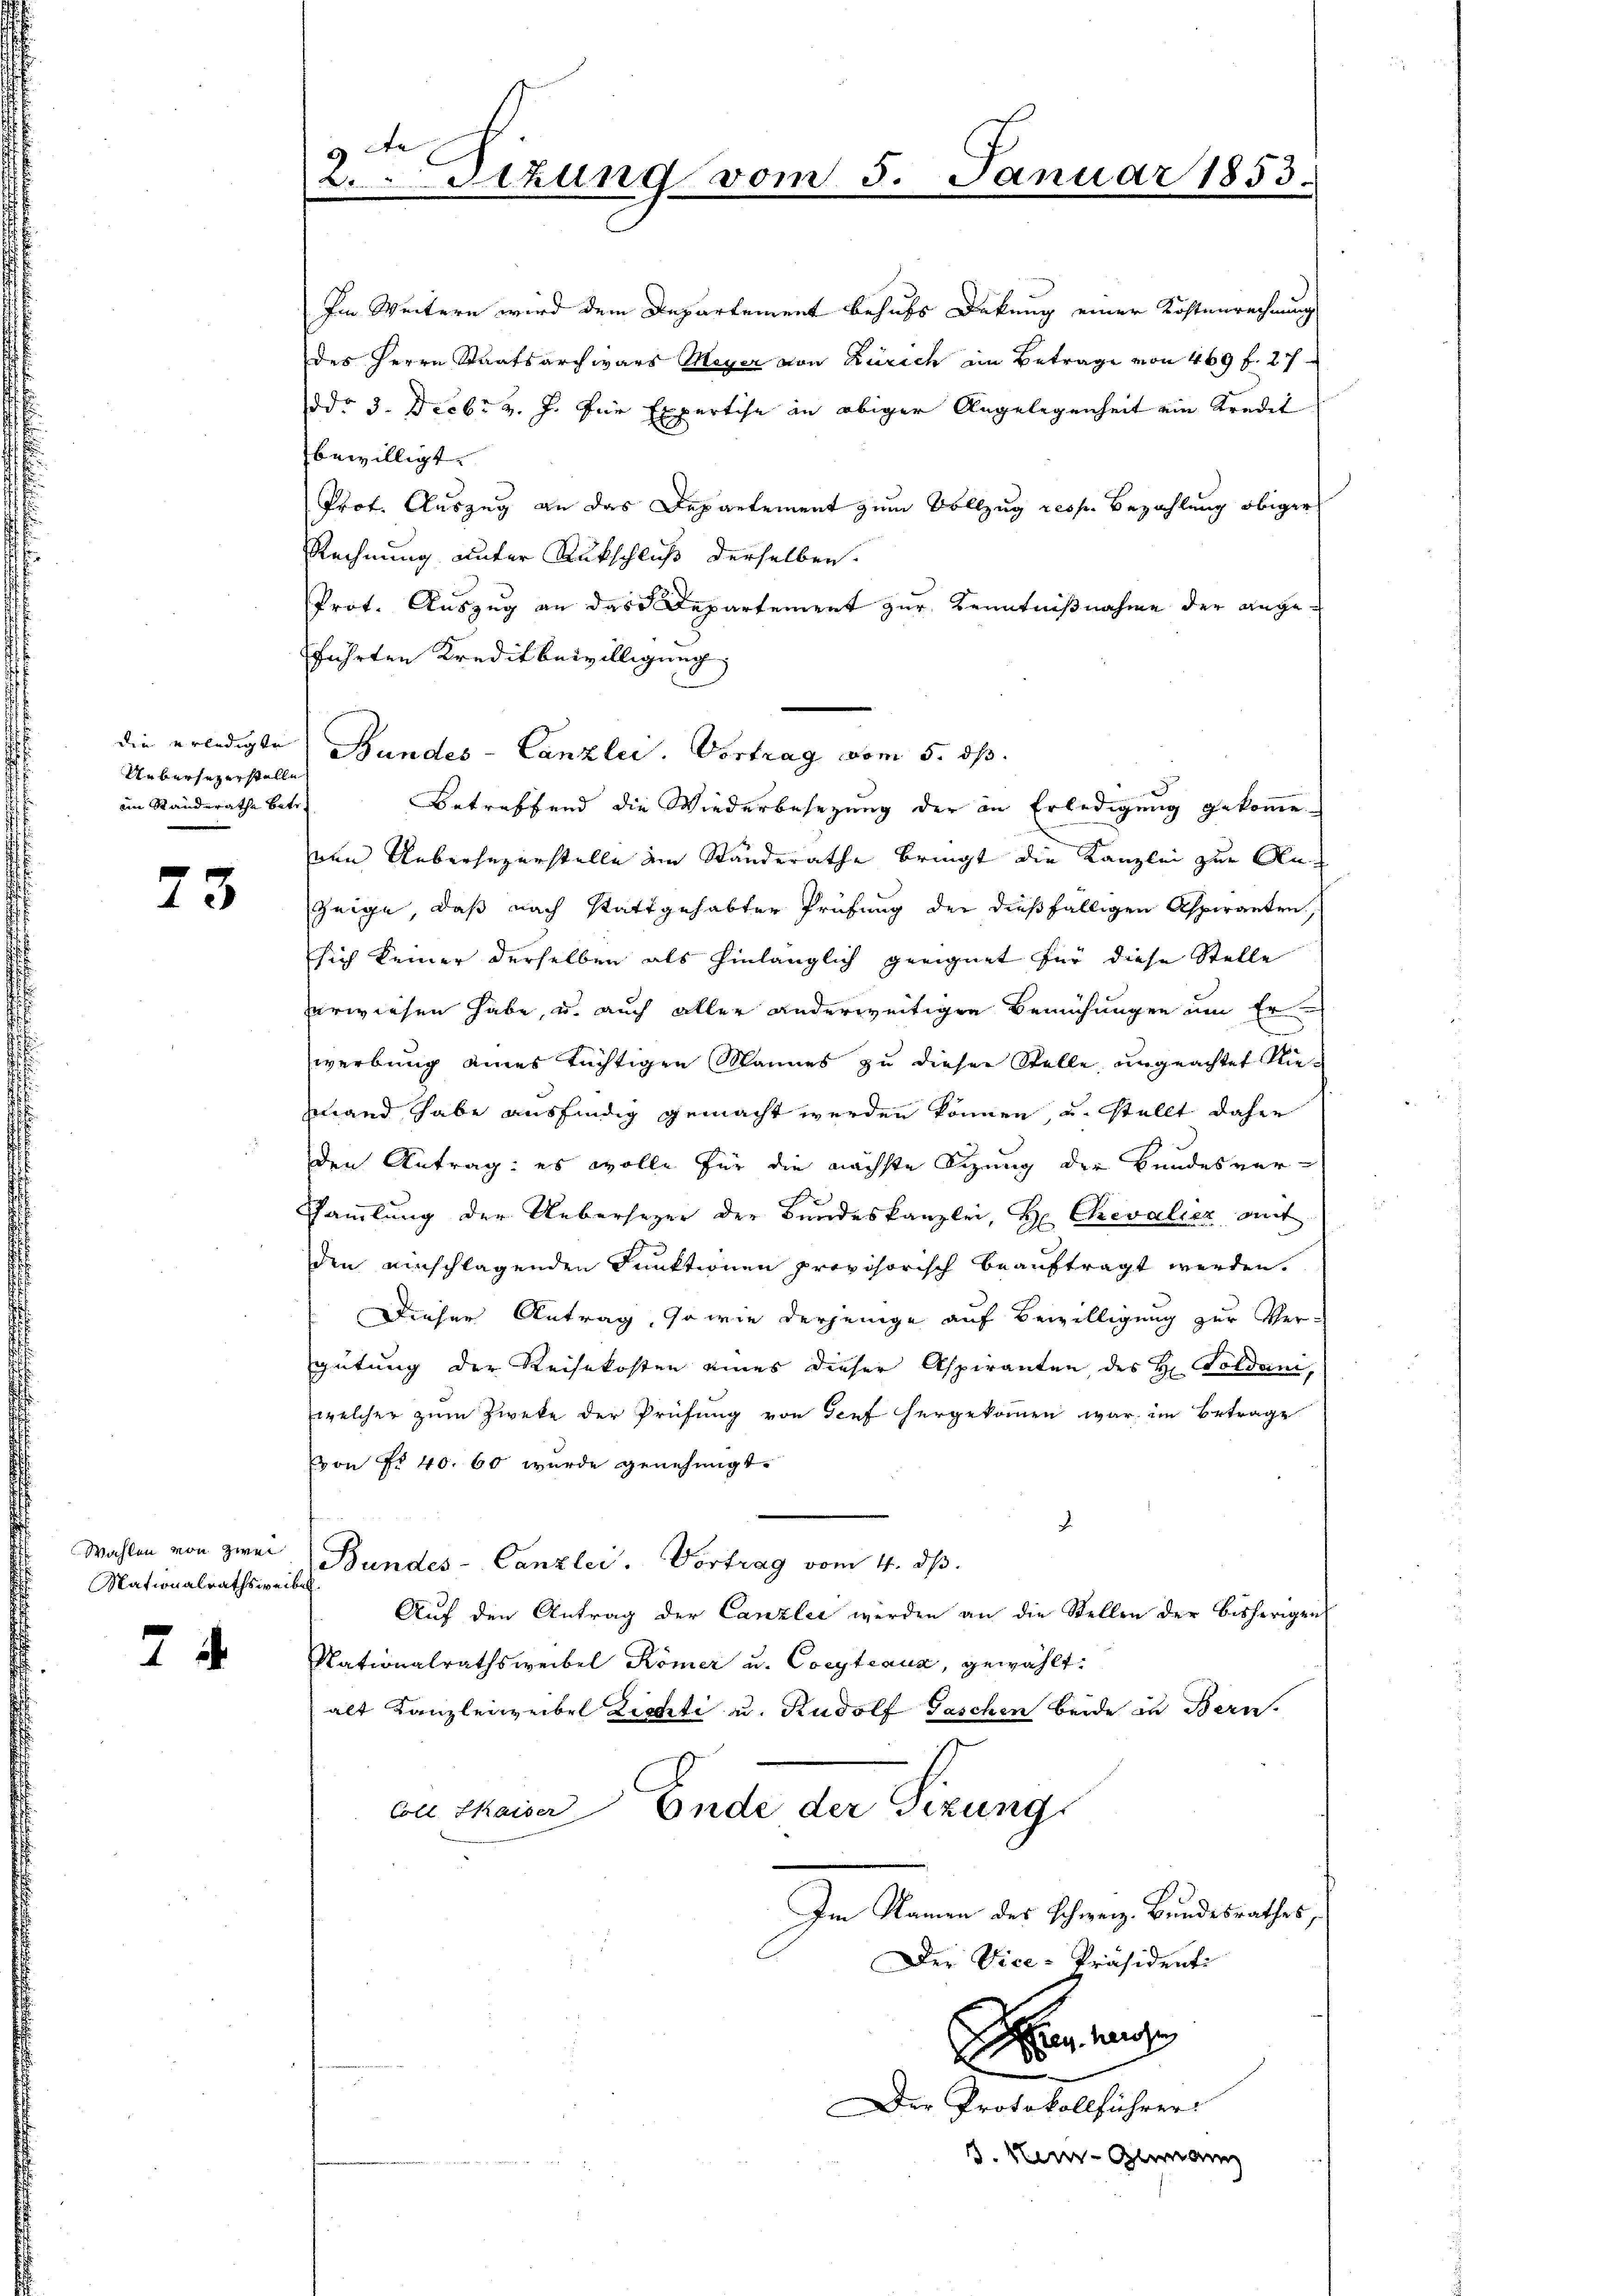
Uebersezerstelle
im Standerathe betr.

23

Mationalrathsweiben

24

9 Fe
.Sizung vom 5. Januar 1853.

Im Weitern wird dem Departement behufs Dekung einer Kostenrechnung
des Herrn Staatsarchivars Meyer von Zürich im Betrage von 469 f. 27
ddo 3. Decbr v. J. für Expertise an obiger Angelegenheit ein Kredit
bewilligt.
Prof. Auszug an das Departement zum Vollzug resp. Bezahlung obiger
Rechnung unter Rückschluß derselben
Prot. Auszug an das Departement zur Kenntnißnahme der angeführten Kreditbewilligung
die erledigte Bundes-Canzlei. Vortrag vom 5. ds.
Betreffend die Wiederbesezung der in Erledigung gekomme
von Uebersezerstelle am Standerathe bringt die Kanzlei zur An¬
Zeige, daß nach stattgehabter Prüfung der dießfälligen Aspiranten,
sich keiner derselben als hinlänglich geeignet für diese Stelle
erwiesen habe, u. auch aller anderweitigen Bemühungen um Er
werbung eines tüchtigen Mannes zu dieser Stelle ungeachtet Riemand habe ausfindig gemacht werden können, u. stellt daher
den Antrag: es wolle für die nächste Sizung der Bundesver-
Sammlung der Uebersezer der Bundeskanzlei, Hr. Chevalier auf
den einschlagenden Punktionen provisorisch beauftragt werden.
Dieser Antrag, sowie derjenige auf Bewilligung zur Vergütung der Reisekosten eines dieser Aspiranten des H. Golden,
welcher zum Zweke der Prüfung von Tief hergekommen war, im Betrage
von No 40. 60 wurde genehmigt.
.
Wahlen von zwei Bundes-Canzlei- Vortrag vom 4. dβ.
Auf den Antrag der Canzlei werden an die Stellen der bisherigen
Nationalrathsweibel Kömer u. Coeyteaua, gewählt:
alt Kanzlei weibel Lichte u. Rudolf Taschen beide in Bern.
con thaiser Ende der Sizung
Im Namen des Schweiz. Bundesrathes,
Der Vice-Präsidente
nhaus
.
d
er Protokollführer
. Nein Glimann